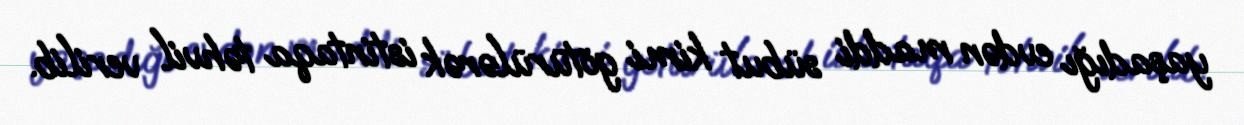
yaşadığı evdən maddi sübut kimi götürülərək istintaqa təhvil verilib.